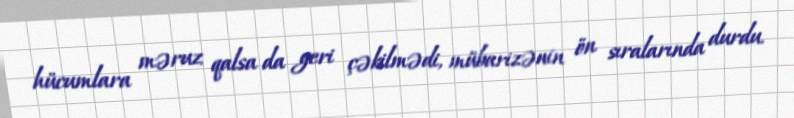
hücumlara məruz qalsa da geri çəkilmədi, mübarizənin ön sıralarında durdu.